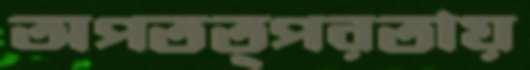
অপতত্পরতায়